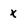
Character: x